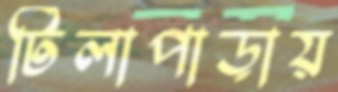
টিলাপাড়ায়